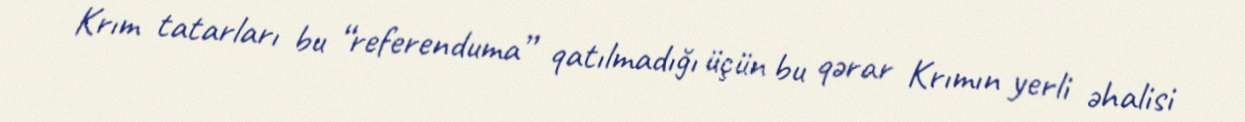
Krım tatarları bu “referenduma” qatılmadığı üçün bu qərar Krımın yerli əhalisi